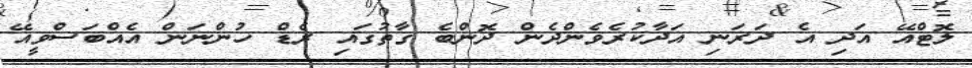
ލޮޓްއޭ އަދި އެ ދަރަނި އަދާކުރެވެންދެން ދޮންބެ ގާތުގައި ރެޑް ހުންނަން އެއްބަސްވީއޭ